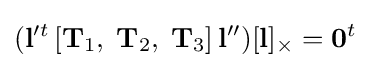
({\mathbf {l} }^{\prime t}\left[{\mathbf {T} }_{1},\;{\mathbf {T} }_{2},\;{\mathbf {T} }_{3}\right]{\mathbf {l} }'')[{\mathbf {l} }]_{\times }={\mathbf {0} }^{t}